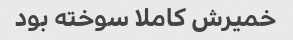
خمیرش کاملا سوخته بود